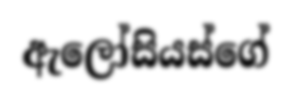
ඇලෝසියස්ගේ